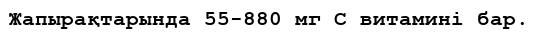
Жапырақтарында 55-880 мг С витамині бар.